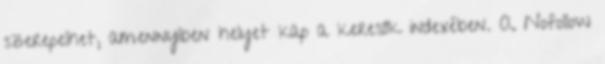
szerepelhet, amennyiben helyet kap a keresők indexében. A Nofollow